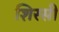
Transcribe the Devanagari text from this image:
शिरसी